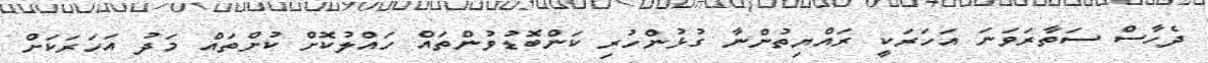
ދެހާސް ސަތާރަވަނަ އަހަރަކީ ރައްޔިތުންނާ ގުޅުންހުރި ކަންބޮޑުވުންތައް ހައްލުކޮށް ކުށްތައް މަދު އަހަރަކަށް